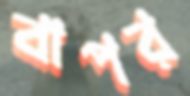
বাপর